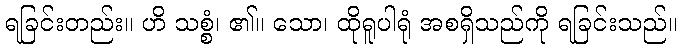
ရခြင်းတည်း။ ဟိ သစ္စံ၊ ၏။ သော၊ ထိုရူပါရုံ အစရှိသည်ကို ရခြင်းသည်။